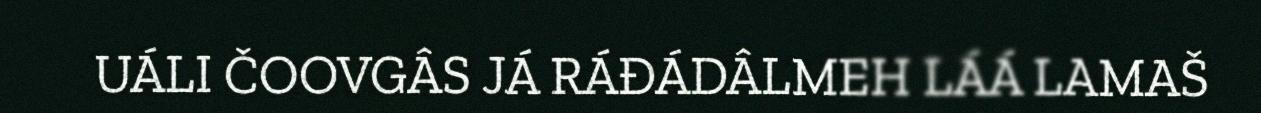
UÁLI ČOOVGÂS JÁ RÁĐÁDÂLMEH LÁÁ LAMAŠ